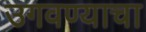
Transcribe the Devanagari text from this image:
उगवण्याचा